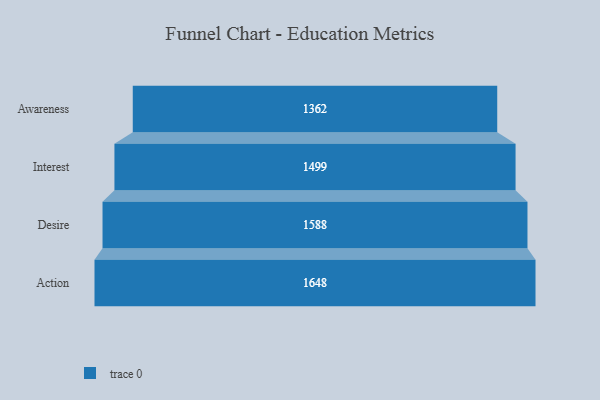
{"axis": {"x": "Stage", "y": "Value"}, "legend": [""], "data": [{"x": "Awareness", "y": 1362.0, "type": ""}, {"x": "Interest", "y": 1499.0, "type": ""}, {"x": "Desire", "y": 1588.0, "type": ""}, {"x": "Action", "y": 1648.0, "type": ""}]}